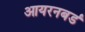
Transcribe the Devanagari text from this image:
आयरनबर्ड